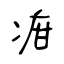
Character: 疳